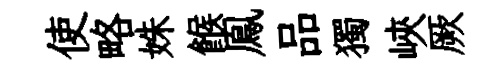
使略姝餱鳯品獨峽厥